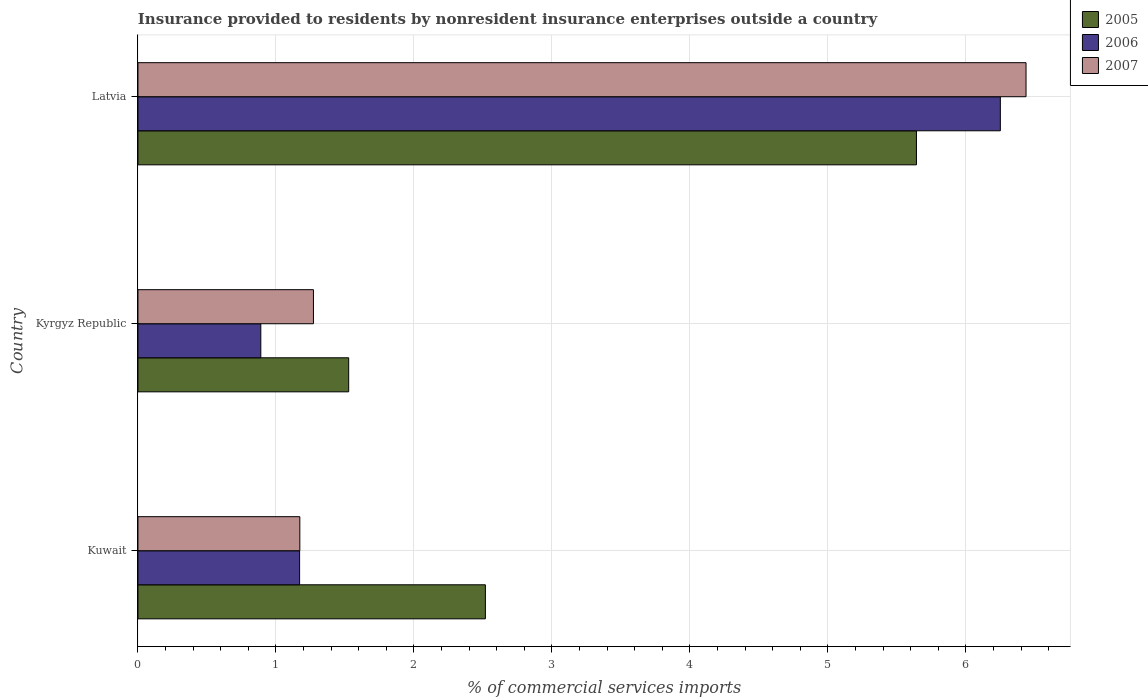
| Country | 2005 | 2006 | 2007 |
 | --- | --- | --- | --- |
 | Kuwait | 2.52 | 1.17 | 1.17 |
 | Kyrgyz Republic | 1.53 | 0.89 | 1.27 |
 | Latvia | 5.64 | 6.25 | 6.44 |